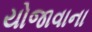
યોજાવાના